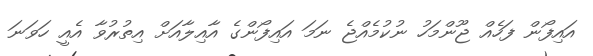
އައިފޯން ފަހެއް ޖޫންމަހު ނުކުމެއްޖެ ނަމަ އައިފޯންގެ އާއިލާއަށް އިތުރުވާ އެއީ ހަވަނަ